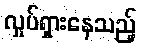
လှုပ်ရှားနေသည့်